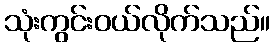
သုံးကွင်းဝယ်လိုက်သည်။